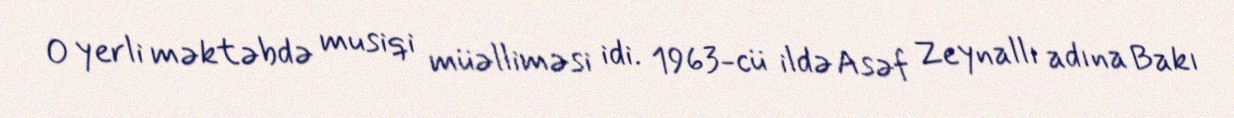
O yerli məktəbdə musiqi müəlliməsi idi. 1963-cü ildə Asəf Zeynallı adına Bakı